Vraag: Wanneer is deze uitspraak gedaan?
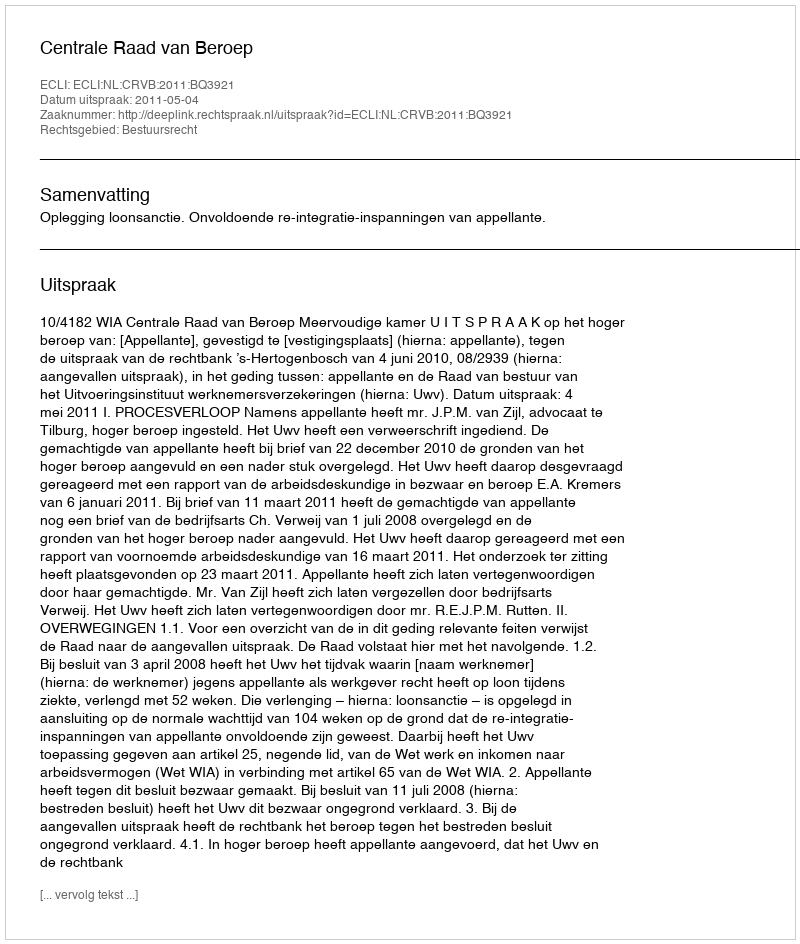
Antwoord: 2011-05-04